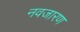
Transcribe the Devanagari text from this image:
नवजारण